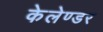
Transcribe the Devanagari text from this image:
केलेण्डर